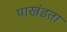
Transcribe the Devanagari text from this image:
पाखंडता